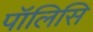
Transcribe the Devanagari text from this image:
पॉलिसि